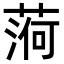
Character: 𦶒